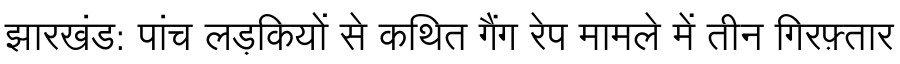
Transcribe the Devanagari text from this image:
झारखंड: पांच लड़कियों से कथित गैंग रेप मामले में तीन गिरफ़्तार